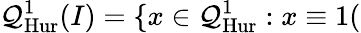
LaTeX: {\mathcal{Q}}_{\mathrm{Hur}}^{1}(I)=\{ x\in{\mathcal{Q}}_{\mathrm{Hur}}^{1}:x\equiv 1(